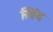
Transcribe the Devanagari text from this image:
खिंद